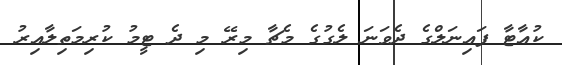
ކުއާޓާ ފައިނަލްގެ ދެވަނަ ލެގުގެ މެޗާ މިރޭ މި ދެ ޓީމު ކުރިމަތިލާއިރު